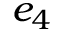
e _ { 4 }